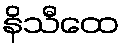
နိသီထေ